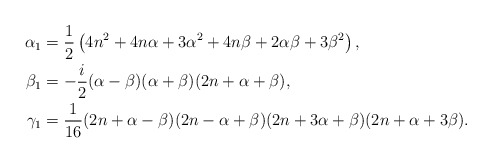
\begin{align*}\alpha _1&=\frac{1}{2} \left(4 n^2+4 n \alpha+3 \alpha ^2+4n\beta+2 \alpha\beta +3 \beta ^2\right),\\\beta _1&=-\frac{i}{2} (\alpha -\beta ) (\alpha+\beta ) (2n+\alpha +\beta),\\\gamma _1&=\frac{1}{16} (2n+\alpha -\beta) (2n-\alpha+\beta) (2n+3 \alpha +\beta)(2n+\alpha +3 \beta).\end{align*}